Vaccination in Bombay 1889-1901 - 1889-1901
Year: 1889
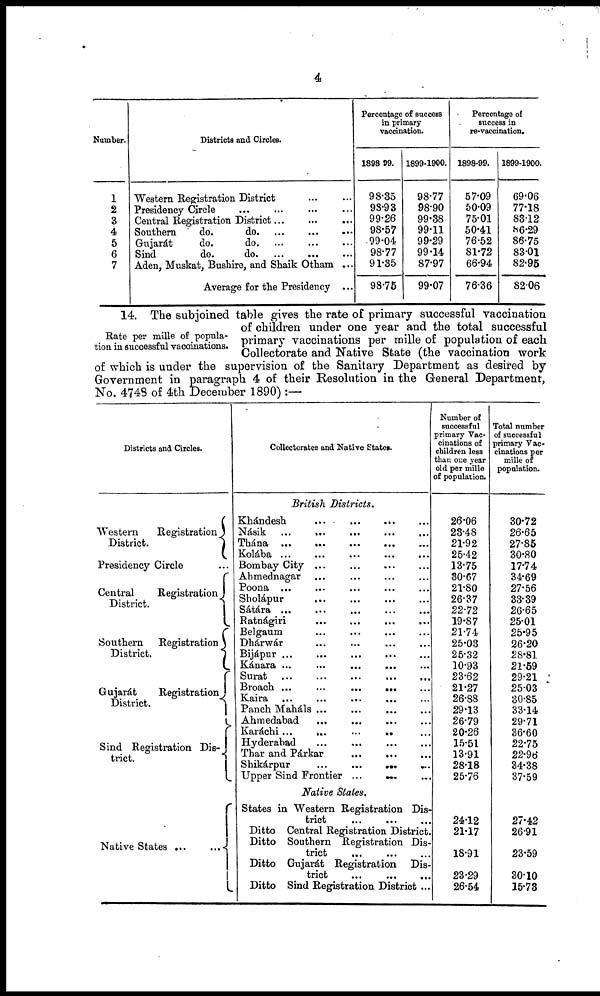
4
Number.
1
2
3
4
5
6
7
Districts and Circles.
Western Registration District ... ...
Presidency Circle ... ...
Central Registration District...
Southern
do.
do. ...
...
...
Gujarát
do.
do. ...
...
...
Sind
do.
do. ... ... ...
Aden, Muskat, Bushire, and Shaik Otham ...
Average for the Presidency ...
Percentage of success
in primary
vaccination.
1898-99.
98.35
93.93
99.26
98.57
99.04
98.77
91.35
98.75
1899-1900.
98.77
98.90
99.38
99.11
99.29
99.14
87.97
99.07
Percentage of
success in
re-vaccination.
1898-99.
57.09
50.09
75.01
50.41
76.52
81.72
66.94
76.36
1899-1900.
69.06
77.18
83.12
86.29
86.75
83.01
82.95
82.06
Rate per mille of popula-
tion in successful vaccinations.
14. The subjoined table gives the rate of primary successful vaccination
of children under one year and the total successful
primary vaccinations per mille of population of each
Collectorate and Native State (the vaccination work
of which is under the supervision of the Sanitary Department as desired by
Government in paragraph 4 of their Resolution in the General Department,
No. 4748 of 4th December 1890) :—
Districts and Circles.
Western
Registration
District.
Presidency Circle ...
Central
Registration
District.
Southern
Registration
District.
Gujarát
Registration
District.
Sind Registration Dis-
trict.
Native States ...
...
Collectorates and Native States.
British Districts.
Khándesh ... ... ... ...
Násik
...
... ... ...
Thána ...
... ... ...
Kolába ... ... ... ...
Bombay City ... ... ...
Ahmednagar ... ... ...
Poona ... ... ... ...
Sholápur ... ... ...
Sátára
...
...
...
...
...
Ratnágiri ... ... ...
Belgaum ... ... ...
Dhárwár ... ... ...
Bijápur ... ... ... ...
Kánara ...
...
...
...
Surat ... ... ... ...
Broach ...
...
...
...
Kaira ...
...
... ...
Panch Maháls ...
...
...
...
Ahmedabad
... ... ... ...
Karáchi ...
...
... ... ...
Hyderabad ... ... ... ...
Thar and Párkar
...
...
...
Shikárpur
...
...
...
...
Upper Sind Frontier ...
...
...
Native States.
States in Western Registration Dis-
trict ... ... ...
Ditto Central Registration District.
Ditto Southern Registration Dis-
trict
...
...
...
Ditto Gujarát Registration Dis-
trict
...
...
...
Ditto Sind Registration District ...
Number of
successful
primary Vac-
cinations of
children less
than one year
old per mille
of population.
26.06
23.48
21.92
25.42
13.75
30.67
21.80
26.37
22.72
19.87
21.74
25.03
25.32
10.93
23.62
21.27
26.88
29.13
26.79
20.26
15.51
13.91
28.18
25.76
24.12
21.17
18.91
23.29
26.54
Total number
of successful
primary Vac-
cinations per
mille of
population.
30.72
26.65
27.85
30.80
17.74
34.69
27.56
33.39
26.65
25.01
25.95
26.20
28.81
21.59
29.21
25.03
30.85
33.14
29.71
36.60
22.75
22.96
34.38
37.59
27.42
26.91
23.59
30.10
15.73